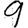
Digit: 9